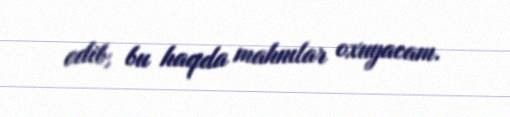
edib, bu haqda mahnılar oxuyacam.